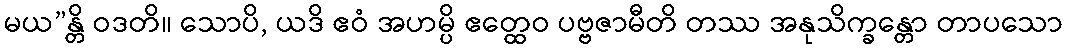
မယ”န္တိ ဝဒတိ။ သောပိ, ယဒိ ဧဝံ အဟမ္ပိ ဧတ္ထေဝ ပဗ္ဗဇာမီတိ တဿ အနုသိက္ခန္တော တာပသော